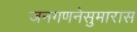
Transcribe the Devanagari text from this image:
जनगणनेसुमारास